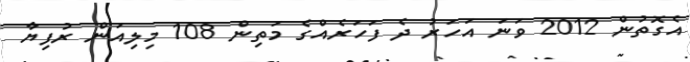
އެގޮތުން 2012 ވަނަ އަހަރު ދެ ފަހަރެއްގެ މަތިން 108 މިލިއަން ރުފިޔާ